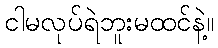
ငါမလုပ်ရဲဘူးမထင်နဲ့။